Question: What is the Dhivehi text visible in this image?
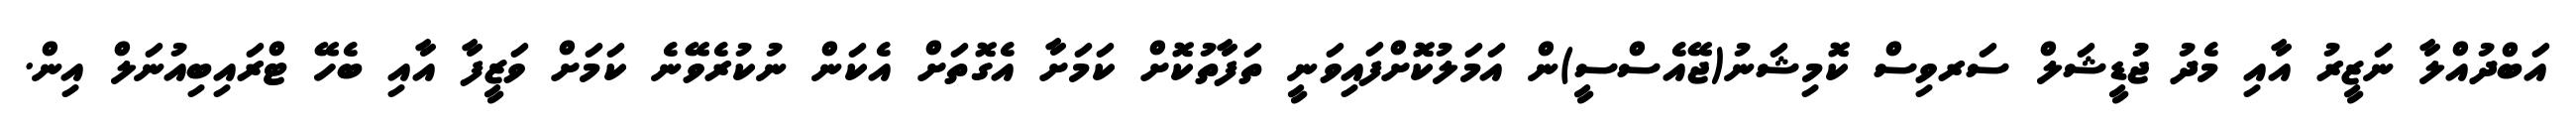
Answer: އަބްދުއްލާ ނަޒީރު އާއި މެދު ޖުޑީޝަލް ސަރވިސް ކޮމިޝަނު(ޖޭއެސްސީ)ން އަމަލުކޮށްފައިވަނީ ތަފާތުކޮށް ކަމަށާ އެގޮތަށް އެކަން ނުކުރެވޭނެ ކަމަށް ވަޒީފާ އާއި ބެހޭ ޓްރައިބިއުނަލް އިން.